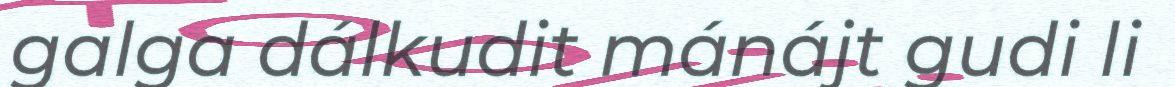
galga dálkudit mánájt gudi li